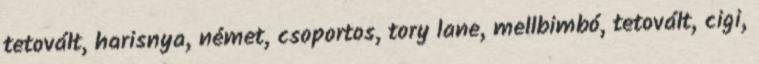
tetovált, harisnya, német, csoportos, tory lane, mellbimbó, tetovált, cigi,